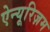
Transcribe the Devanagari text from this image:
ऐन्यूरिज़म